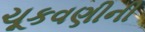
ચૂકવણીની